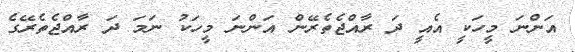
އަންނަ މީހަކީ އެއީ ދަ ރާއްޖެތެރޭން އަންނަ މީހަކު ނަމަ ދަ ރާއްޖެތެރޭގެ